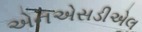
એનએસડીએલ